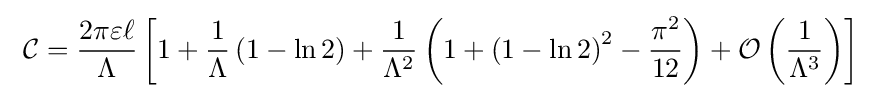
\ {\mathcal {C}}={\frac {2\pi \varepsilon \ell }{\Lambda }}\left[1+{\frac {1}{\Lambda }}\left(1-\ln 2\right)+{\frac {1}{\Lambda ^{2}}}\left(1+\left(1-\ln 2\right)^{2}-{\frac {\pi ^{2}}{12}}\right)+{\mathcal {O}}\left({\frac {1}{\Lambda ^{3}}}\right)\right]\